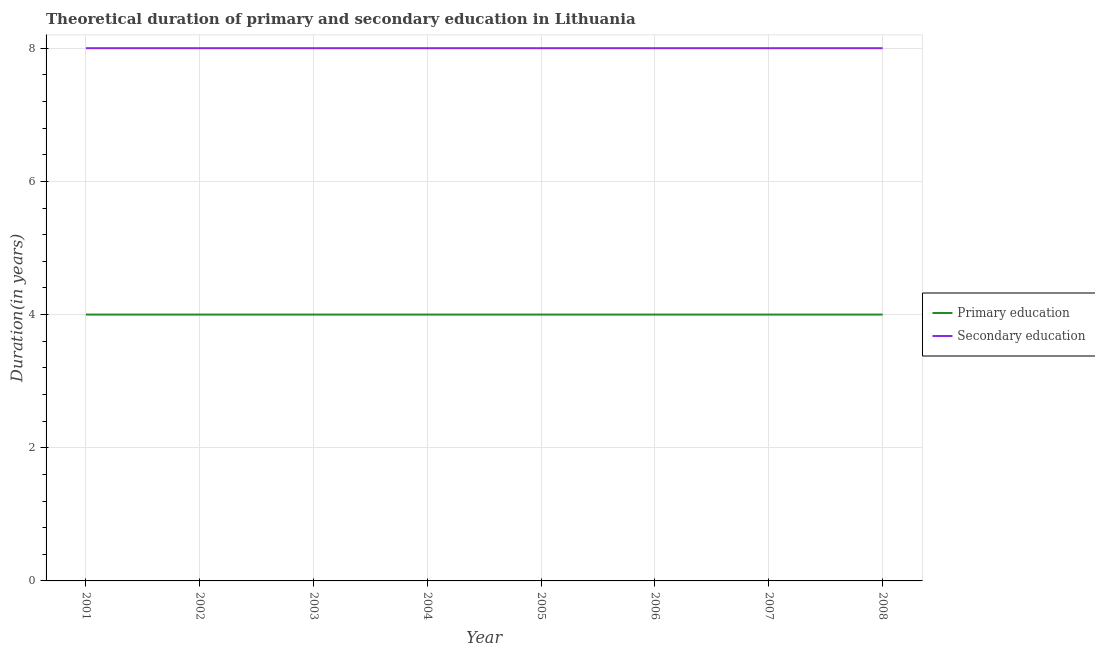
| Year | Primary education | Secondary education |
 | --- | --- | --- |
 | 2001 | 4 | 8 |
 | 2002 | 4 | 8 |
 | 2003 | 4 | 8 |
 | 2004 | 4 | 8 |
 | 2005 | 4 | 8 |
 | 2006 | 4 | 8 |
 | 2007 | 4 | 8 |
 | 2008 | 4 | 8 |